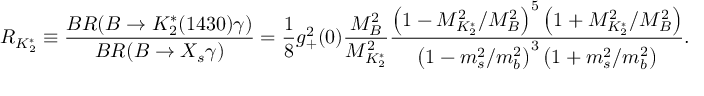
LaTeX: R _ { K _ { 2 } ^ { * } } \equiv \frac { B R ( B \to K _ { 2 } ^ { * } ( 1 4 3 0 ) \gamma ) } { B R ( B \to X _ { s } \gamma ) } = \frac 1 8 g _ { + } ^ { 2 } ( 0 ) \frac { M _ { B } ^ { 2 } } { M _ { K _ { 2 } ^ { * } } ^ { 2 } } \frac { \left( 1 - { M _ { K _ { 2 } ^ { * } } ^ { 2 } } / { M _ { B } ^ { 2 } } \right) ^ { 5 } \left( 1 + { M _ { K _ { 2 } ^ { * } } ^ { 2 } } / { M _ { B } ^ { 2 } } \right) } { \left( 1 - { m _ { s } ^ { 2 } } / { m _ { b } ^ { 2 } } \right) ^ { 3 } \left( 1 + { m _ { s } ^ { 2 } } / { m _ { b } ^ { 2 } } \right) } .